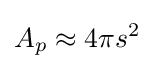
A_{p}\approx 4\pi s^{2}